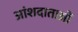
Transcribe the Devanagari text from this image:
आंशदाताओं